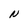
Character: N